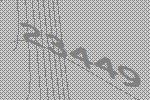
23449